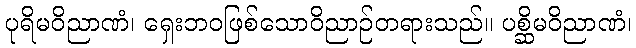
ပုရိမဝိညာဏံ၊ ရှေးဘဝဖြစ်သောဝိညာဉ်တရားသည်။ ပစ္ဆိမဝိညာဏံ၊